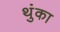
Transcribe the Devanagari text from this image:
थुंका